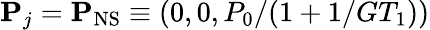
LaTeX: \mathbf P_{j}=\mathbf P_{\mathrm{NS}}\equiv(0,0,P_{0}/(1+1/GT_{1}))